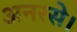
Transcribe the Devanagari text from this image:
अनरसे।